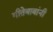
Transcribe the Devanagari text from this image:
गीतेबाबांनी